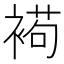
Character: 𧛩